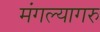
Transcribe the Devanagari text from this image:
मंगल्यागरु